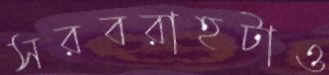
সরবরাহটাও